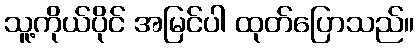
သူ့ကိုယ်ပိုင် အမြင်ပါ ထုတ်ပြောသည်။